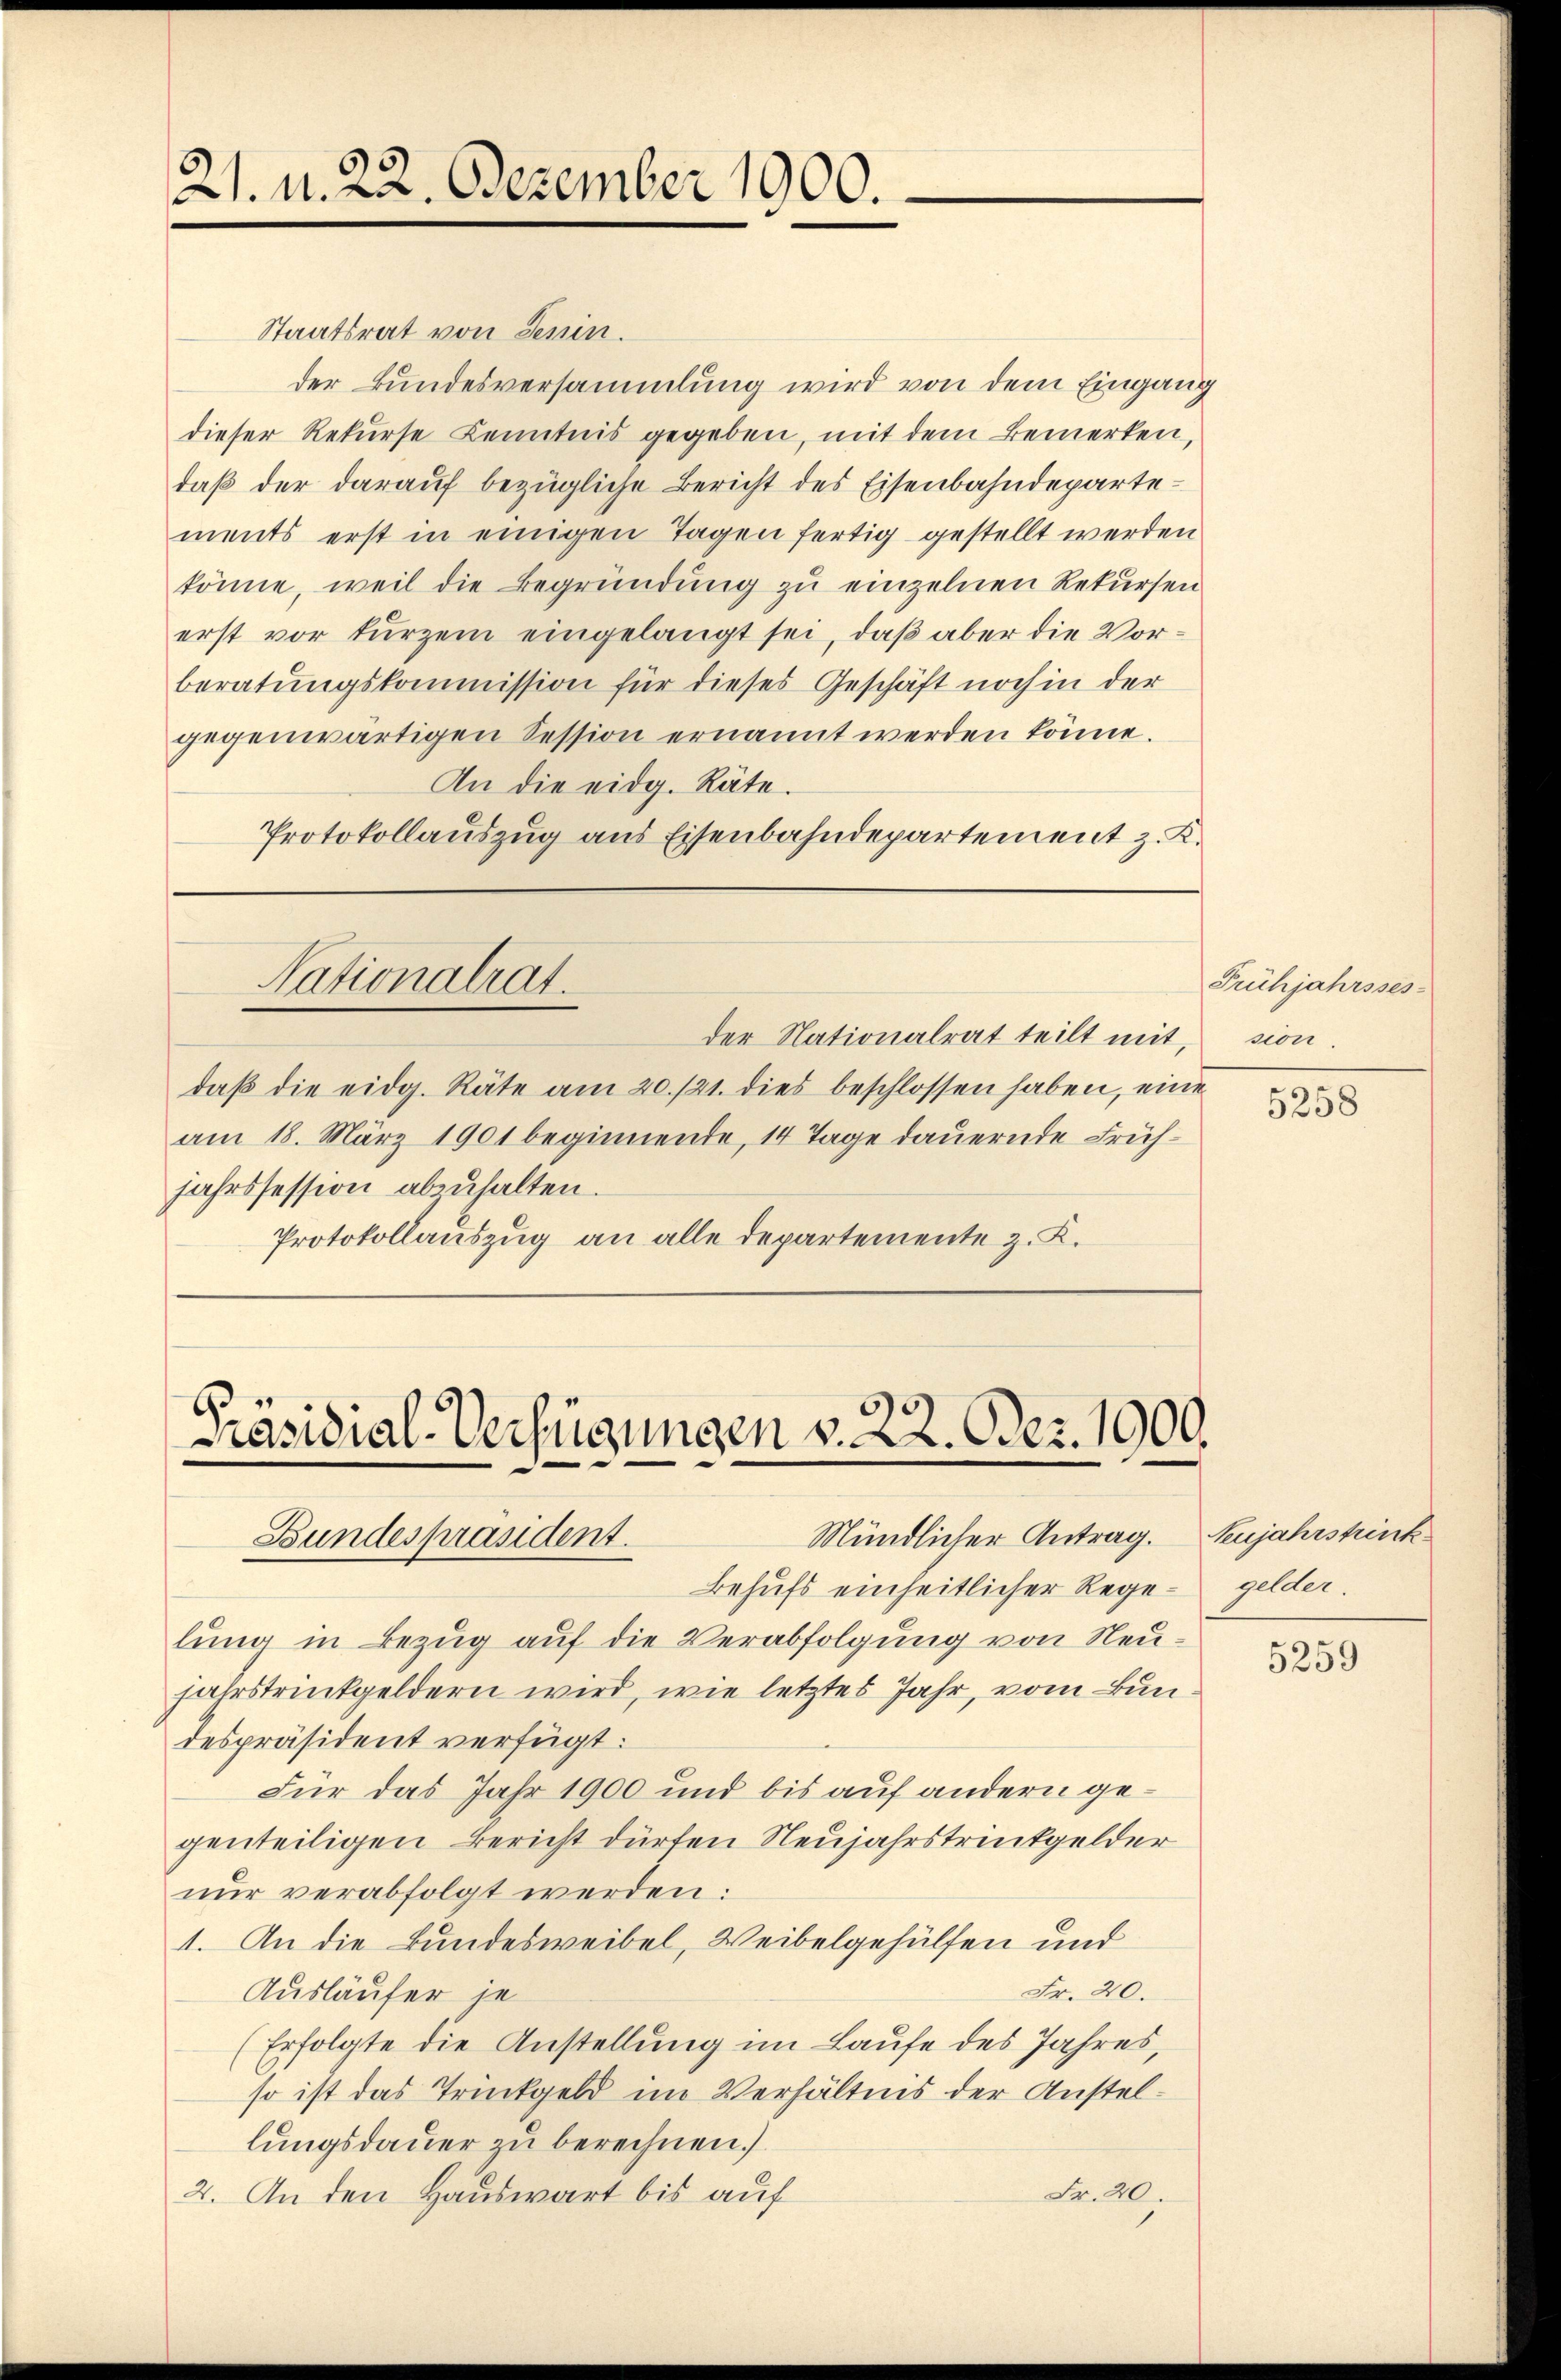
21. d. 22. Dezember 1900.

Staatsrat von Jenin.
der Bundesversammlung wird von dem Eingang
dieser Rekurse Kenntnis gegeben, mit dem Bemerken,
daß der darauf bezügliche Bericht des Eisenbahndepartements erst in einigen Tagen fertig gestellt werden
könne, weil die Begründung zu einzelnen Rekursen
erst vor kurzem eingelangt sei, daß aber die Vorberatungskommission für dieses Geschäft noch in der
gegenwärtigen Session ernannt werden könne.
An die eidg. Räte.
Protokollauszug aus Eisenbahndepartement z. K.

daβ die eidg. Räte am 20./21. dies beschlossen haben, eine
am 18. März 1901 beginnende, 14 Tage dauernde Frühjahrssession abzuhalten.
Protokollauszug an alle Departemente z. K.

Präsidial-Verfügungen v. 22. Der 1900.
Mündlicher Antrag.
Bundespräsident.

Nationalrat.

Behufs einheitlicher Regelung in Bezug auf die Verabfolgung von Neu
jahrstrinkgeldern wird, wie letztes Jahr, vom Bundespräsident verfügt:
Für das Jahr 1900 und bis auf andern gegenteiligen Bericht dürfen Neujahrstrinkgelder
nur verabfolgt werden:
1. An die Bundesweibel, Weibelgehülfen und
Fr. 40.
Ausläufer je
(Erfolgte die Anstellung im Laufe des Jahres,
so ist das Trückgeld im Verhältnis der Anstellungsdauer zu berechnen.
Fr. 20.
2. An den Hauswart bis auf

der Nationalrat teilt mit,

2

Frühjahrsses
sion.

5258

Keujahrstrink
gelder.

5259